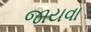
જાયવા